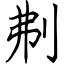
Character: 刜